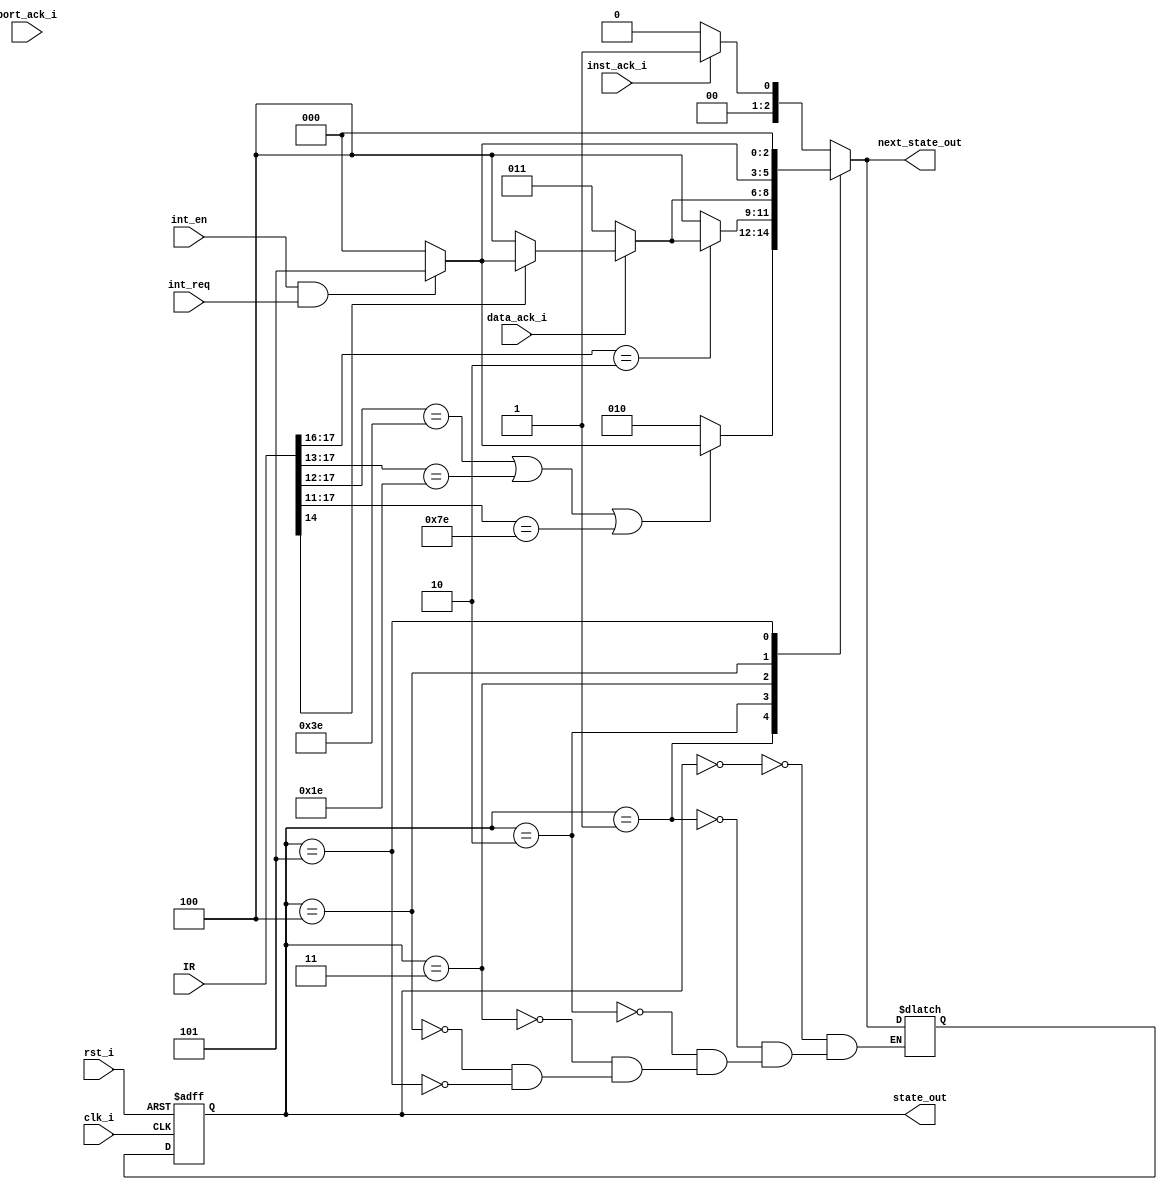
module ALU_CPU (

	input clk_i,
	input rst_i,
	input inst_ack_i,
	input [17:0] IR,
	input int_req,
	input int_en,
	input data_ack_i,
	input port_ack_i,
	
	output reg [2:0] state_out, next_state_out

);

localparam [2:0] misc_fn_wait = 3'b100;
localparam [2:0] misc_fn_stby = 3'b101;
localparam [1:0] mem_fn_ldm = 2'b00;
localparam [1:0] mem_fn_stm = 2'b01;
localparam [1:0] mem_fn_inp = 2'b10;
localparam [1:0] mem_fn_out = 2'b11;

parameter [2:0] 	fetch_state      = 3'b000,
                  decode_state     = 3'b001,
                  execute_state    = 3'b010,
                  mem_state        = 3'b011,
                  write_back_state = 3'b100,
                  int_state        = 3'b101;
						
reg [2:0] state, next_state;

assign IR_decode_mem    = IR[17:16] == 2'b10;
assign IR_decode_jump   = IR[17:13] == 5'b11110;
assign IR_decode_branch = IR[17:12] == 6'b111110;
assign IR_decode_misc   = IR[17:11] == 7'b1111110;
assign IR_misc_fn		   = IR[10:8];
assign IR_mem_fn			= IR[15:14];

always @* 
begin 

    case(state)
      fetch_state:
        if(!inst_ack_i) 
				next_state = fetch_state;
        else            
				next_state = decode_state;
				
      decode_state:
        if(IR_decode_branch || IR_decode_jump || IR_decode_misc) 
		  begin
          if(IR_decode_misc && (IR_misc_fn == misc_fn_wait || IR_misc_fn == misc_fn_stby)
            && !(int_en && int_req))
					next_state = decode_state;
          else if(int_en && int_req) 
					next_state = int_state;
          else
					next_state = fetch_state;
        end
        else
          next_state = execute_state;
			 
      execute_state:
        if(IR_decode_mem) 
		  begin
          if((IR_mem_fn == mem_fn_ldm || IR_mem_fn == mem_fn_stm) && !data_ack_i)
					next_state = mem_state;
          else if((IR_mem_fn == mem_fn_inp || IR_mem_fn == mem_fn_out) && !port_ack_i)
					next_state = mem_state;
          else if(IR_mem_fn == mem_fn_ldm || IR_mem_fn == mem_fn_inp)
					next_state = write_back_state;
          else if(int_en && int_req)
					next_state = int_state;
          else
            next_state = fetch_state;
        end
        else
          next_state = write_back_state;
			 
      mem_state:
        if((IR_mem_fn == mem_fn_ldm || IR_mem_fn == mem_fn_stm) && !data_ack_i)
				next_state = mem_state;
        else if((IR_mem_fn == mem_fn_inp || IR_mem_fn == mem_fn_out) && !port_ack_i)
				next_state = mem_state;
        else if(IR_mem_fn == mem_fn_ldm || IR_mem_fn == mem_fn_inp)
				next_state = write_back_state;
        else if(int_en && int_req)
            next_state = int_state;
        else
				next_state = fetch_state;
				
      write_back_state:
        if(int_en && int_req) 
				next_state = int_state;
        else                   
				next_state = fetch_state;
				
      int_state:
        next_state = fetch_state;
		  
    endcase
	 
	 state_out <= state;
	 next_state_out <=next_state;
	 
end

always @(posedge clk_i or posedge rst_i)
begin
    if (rst_i) 
		state <= fetch_state;
    else       
		state <= next_state;
end

endmodule